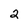
Character: 2